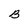
Character: B